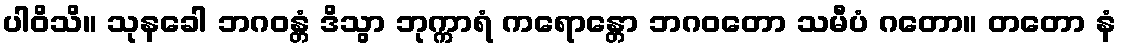
ပါဝိသိ။ သုနခေါ ဘဂဝန္တံ ဒိသွာ ဘုက္ကာရံ ကရောန္တော ဘဂဝတော သမီပံ ဂတော။ တတော နံ